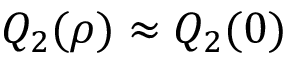
Q _ { 2 } ( \rho ) \approx Q _ { 2 } ( 0 )